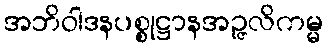
အဘိဝါဒနပစ္စုဋ္ဌာနအဉ္ဇလိကမ္မ